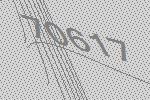
70617